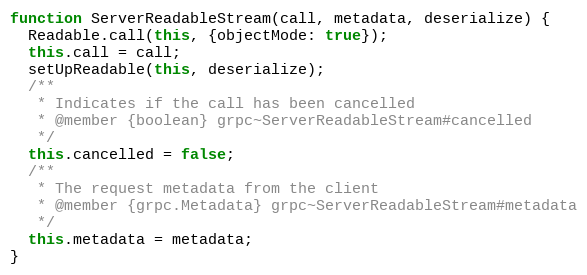
Language: JavaScript
function ServerReadableStream(call, metadata, deserialize) {
  Readable.call(this, {objectMode: true});
  this.call = call;
  setUpReadable(this, deserialize);
  /**
   * Indicates if the call has been cancelled
   * @member {boolean} grpc~ServerReadableStream#cancelled
   */
  this.cancelled = false;
  /**
   * The request metadata from the client
   * @member {grpc.Metadata} grpc~ServerReadableStream#metadata
   */
  this.metadata = metadata;
}